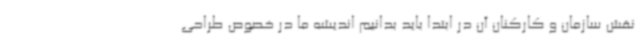
نقش سازمان و کارکنان آن در ابتدا باید بدانیم اندیشه ما در خصوص طراحی